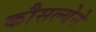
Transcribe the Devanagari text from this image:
कौसल्येने